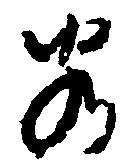
若